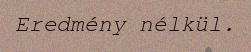
Eredmény nélkül.